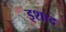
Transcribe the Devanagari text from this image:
इशाद